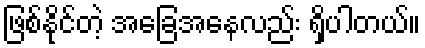
ဖြစ်နိုင်တဲ့ အခြေအနေလည်း ရှိပါတယ်။